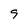
Character: 9